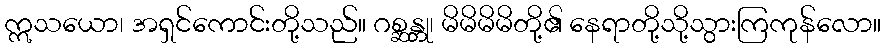
ဣသယော၊ အရှင်ကောင်းတို့သည်။ ဂစ္ဆန္တု၊ မိမိမိမိတို့၏ နေရာတို့သို့သွားကြကုန်လော။